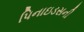
પિનાઇડસની